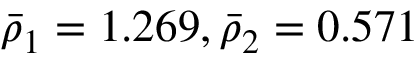
\bar { \rho } _ { 1 } = 1 . 2 6 9 , \bar { \rho } _ { 2 } = 0 . 5 7 1